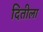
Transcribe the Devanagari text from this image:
दितीला